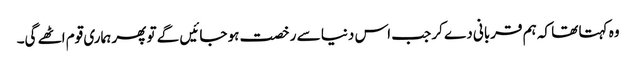
وہ کہتا تھا کہ ہم قربانی دے کر جب اس دنیا سے رخصت ہو جائیں گے تو پھر ہماری قوم اٹھے گی۔